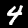
Digit: 4